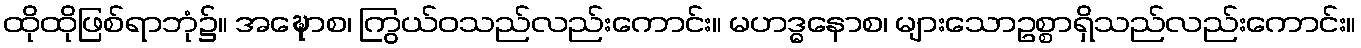
ထိုထိုဖြစ်ရာဘုံ၌။ အဍ္ဎောစ၊ ကြွယ်ဝသည်လည်းကောင်း။ မဟဒ္ဓနောစ၊ များသောဥစ္စာရှိသည်လည်းကောင်း။